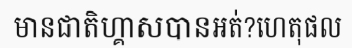
មានជាតិហ្គាសបានអត់?ហេតុផល